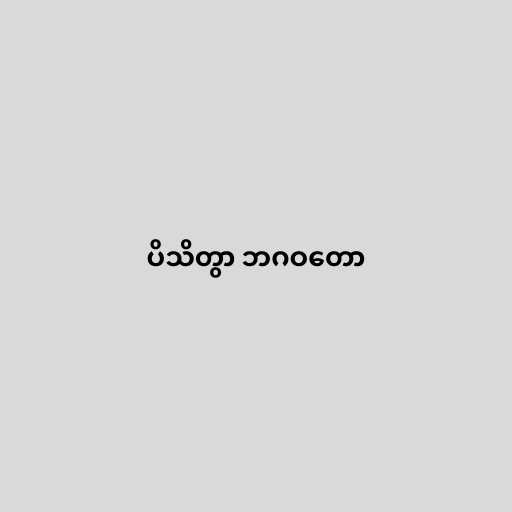
ပိသိတွာ ဘဂဝတော